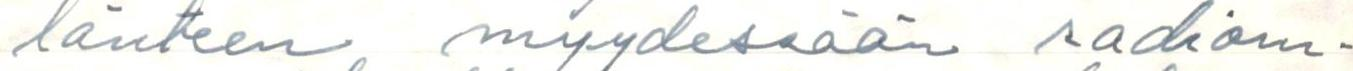
länteen myydessään radiom-